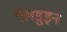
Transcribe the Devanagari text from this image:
ऍलडुइन